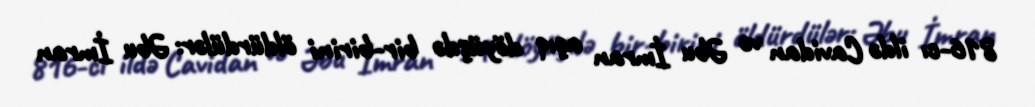
816-cı ildə Cavidan və Əbu İmran açıq döyüşdə bir-birini öldürdülər: Əbu İmran